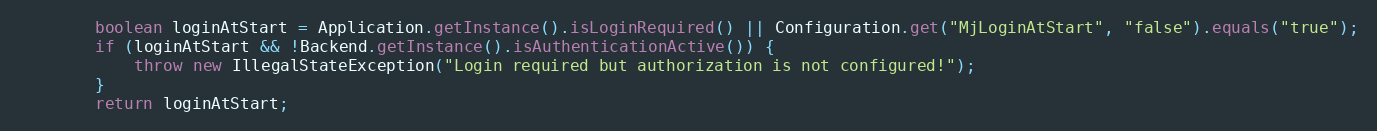
Language: Java
		boolean loginAtStart = Application.getInstance().isLoginRequired() || Configuration.get("MjLoginAtStart", "false").equals("true");
		if (loginAtStart && !Backend.getInstance().isAuthenticationActive()) {
			throw new IllegalStateException("Login required but authorization is not configured!");
		}
		return loginAtStart;